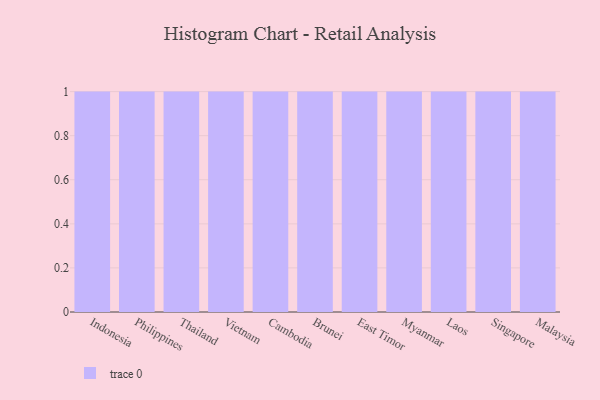
{"axis": {"x": "Country", "y": "Production Output"}, "legend": [""], "data": [{"x": "Indonesia", "y": 99, "type": ""}, {"x": "Philippines", "y": 23, "type": ""}, {"x": "Thailand", "y": 26, "type": ""}, {"x": "Vietnam", "y": 99, "type": ""}, {"x": "Cambodia", "y": 76, "type": ""}, {"x": "Brunei", "y": 56, "type": ""}, {"x": "East Timor", "y": 69, "type": ""}, {"x": "Myanmar", "y": 17, "type": ""}, {"x": "Laos", "y": 96, "type": ""}, {"x": "Singapore", "y": 80, "type": ""}, {"x": "Malaysia", "y": 28, "type": ""}]}